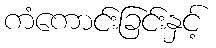
ကံကောင်းခြင်းနှင့်